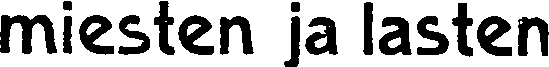
miesten ja lasten